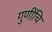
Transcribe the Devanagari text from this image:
गुणींचि